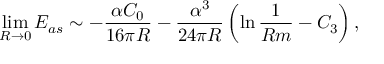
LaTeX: \operatorname * { l i m } _ { R \rightarrow 0 } E _ { a s } \sim - \frac { \alpha C _ { 0 } } { 1 6 \pi R } - \frac { \alpha ^ { 3 } } { 2 4 \pi R } \left( \ln \frac { 1 } { R m } - C _ { 3 } \right) ,